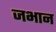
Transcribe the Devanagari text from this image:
जभान